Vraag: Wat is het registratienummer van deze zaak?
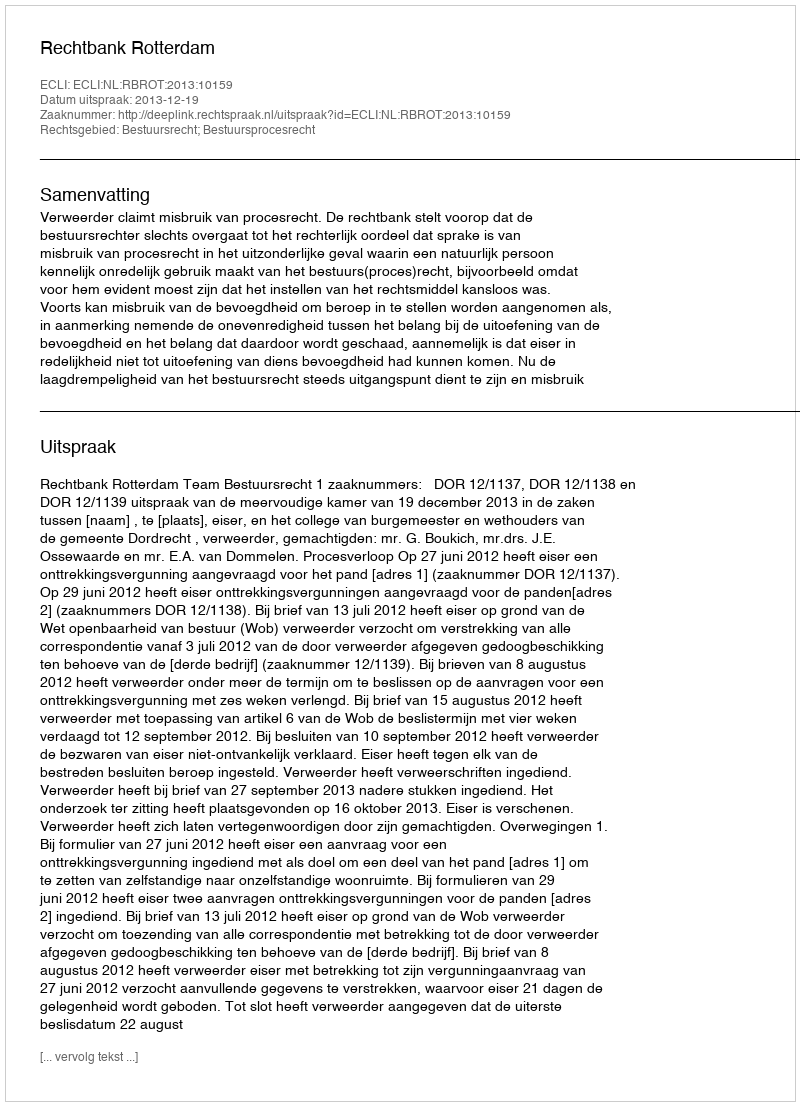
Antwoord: http://deeplink.rechtspraak.nl/uitspraak?id=ECLI:NL:RBROT:2013:10159